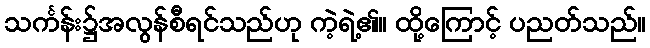
သင်္ကန်း၌အလွန်စီရင်သည်ဟု ကဲ့ရဲ့၏။ ထို့ကြောင့် ပညတ်သည်။